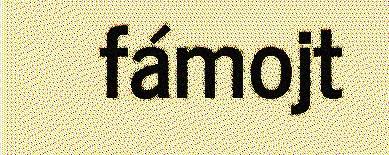
fámojt